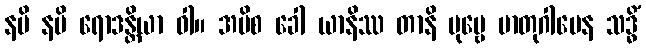
နပိ နပိ ရောဒန္တိယာ ဝါ။ အပိစ ခေါ ယာနိဿ တာနိ ပုဗ္ဗေ မာတုဂါမေန သဒ္ဓိံ